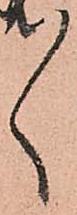
々